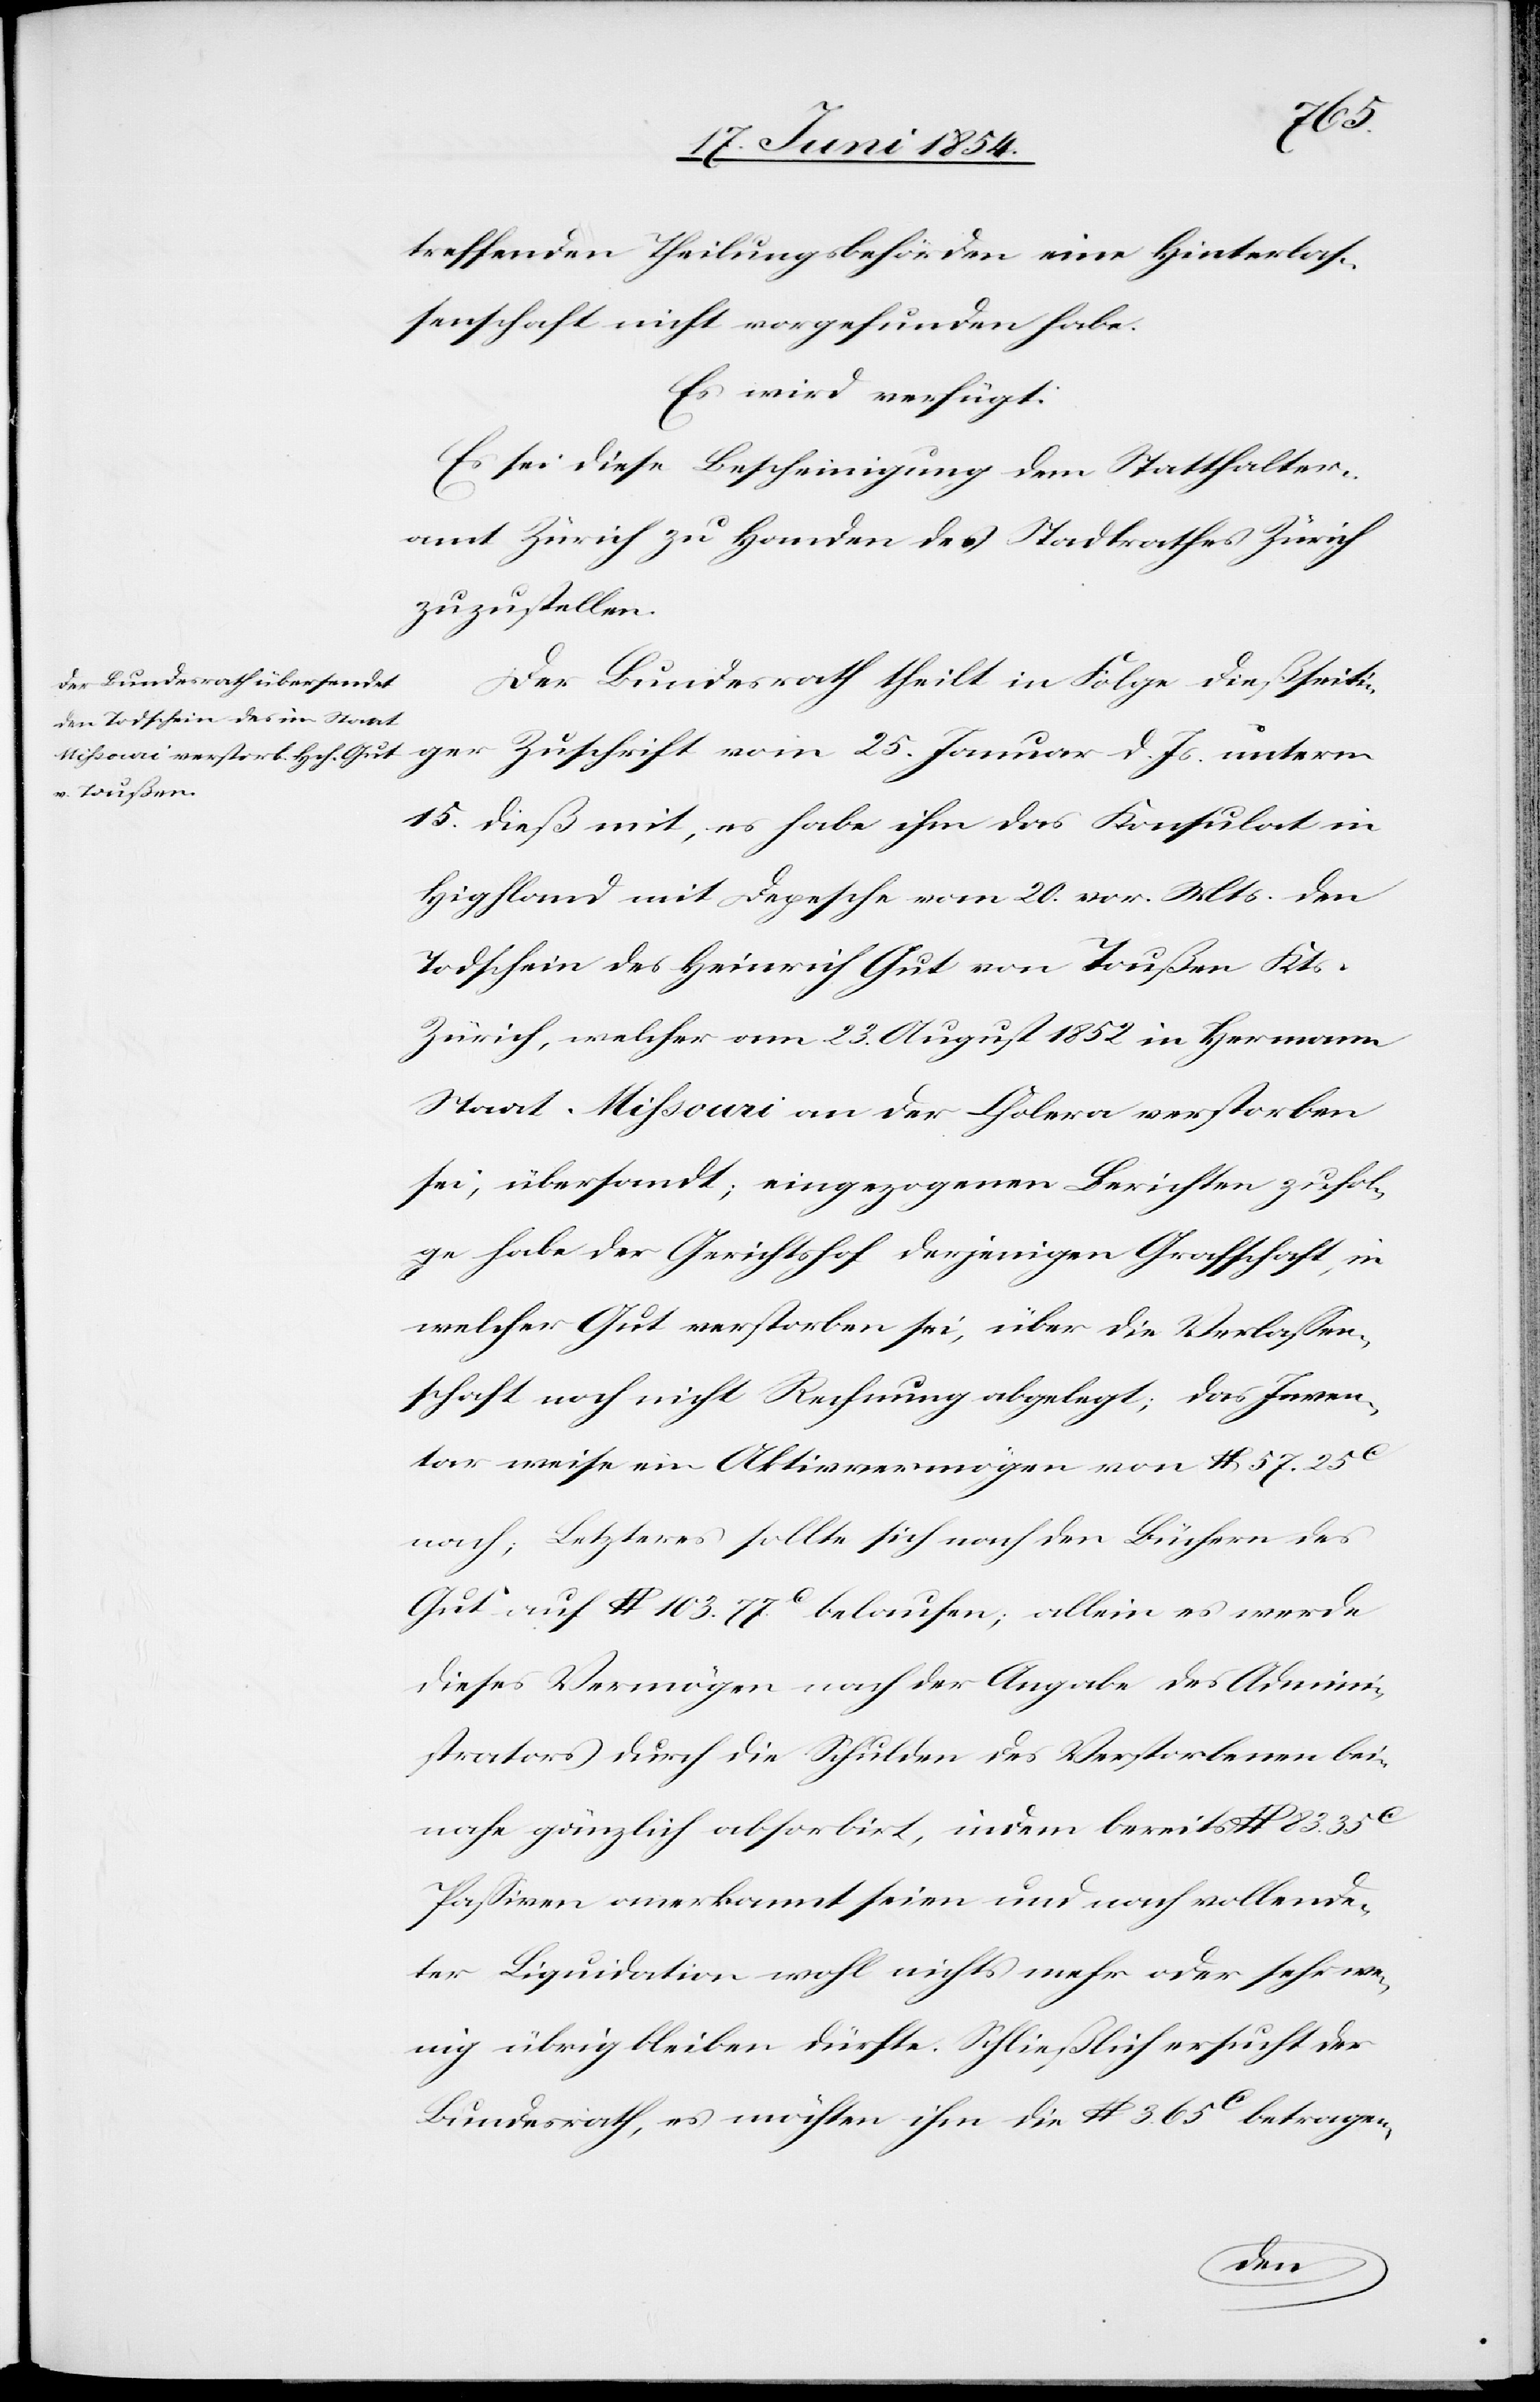
20. Juni 1854.]
treffenden Theilungsbehörden eine Hinterlaß¬
enschaft nicht vorgefunden habe.
Es wird verfügt:
Es sei diese Bescheinigung dem Statthalter¬
amt Zürich zu Handen des Stadtrathes Zürich
zuzustellen.
Der Bundesrath theilt in Folge dießseiti¬
ger Zuschrift vom 25. Januar d. Js. unterm
15. dieß mit, es habe ihm das Konsulat in
Highland mit Depesche vom 20. vor. Mts. den
Todschein des Heinrich Gute von Toußen Kts.
Zürich, welcher am 23. August 1852 in Hermann
Staat Mihsouri an der Cholera verstorben
sei, übersandt; eingezogenen Berichten zufol¬
ge habe der Gerichtshof derjenigen Grafschaft, in
welcher Gut verstorben sei, über die Verlaßen¬
schaft noch nicht Rechnung abgelegt; das Inven¬
tar weise ein Aktivvermögen von lb.57 25c
nach; Letzteres sollte sich nach den Büchern des
Gut auf lb. 103.77c belaufen; allein es werde
dieses Vermögen nach der Angabe des Admini¬
strators durch die Schulden des Verstorbenen bei¬
nahe gänzlich absorbirt, indem bereits lb.
Paßiven anerkannt seien und nach vollende¬
ter Liquidation wohl nichts mehr oder sehr we¬
nig übrig bleiben dürfte. Schließlich ersucht der
Bundesrath, es möchte ihm die lb.3.65c betragen-
den